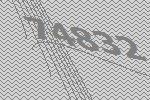
74832